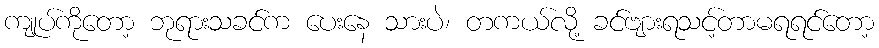
ကျုပ်ကိုတော့ ဘုရားသခင်က ပေးနေ သားပဲ၊ တကယ်လို့ ခင်ဗျားရသင့်တာမရရင်တော့